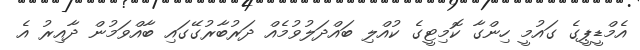
އެމްޑީޕީގެ ގައުމީ ހިންގާ ކޮމިޓީގެ ކުއްލި ބައްދަލުވުމެއް ދަރުބާރުގޭގައި ބާއްވަމުން ދާއިރު އެ